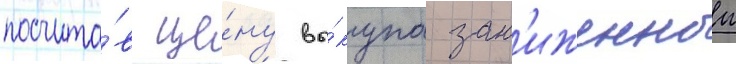
посчита́в це́ну вы́купа зан'иженнои